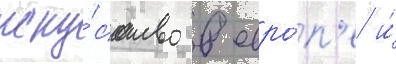
иску́сство в евро́п'е и́